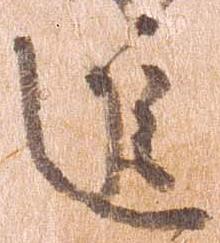
進